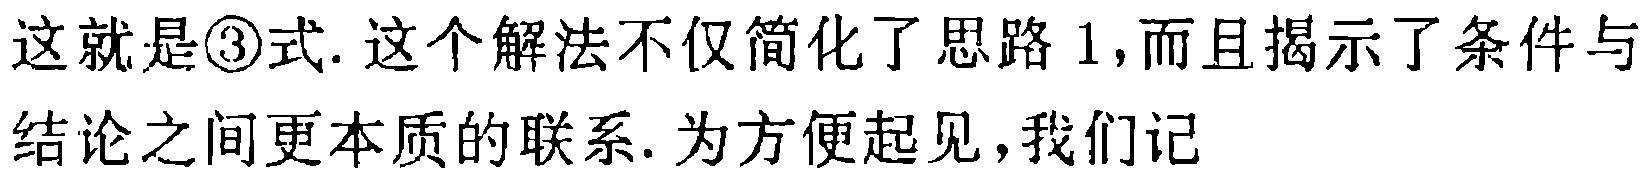
这就是\textcircled{3}式. 这个解法不仅简化了思路 1,而且揭示了条件与结论之间更本质的联系. 为方便起见,我们记